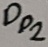
Text: Dp2